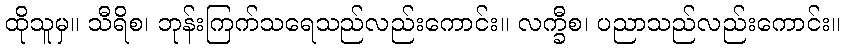
ထိုသူမှ။ သီရိစ၊ ဘုန်းကြက်သရေသည်လည်းကောင်း။ လက္ခီစ၊ ပညာသည်လည်းကောင်း။